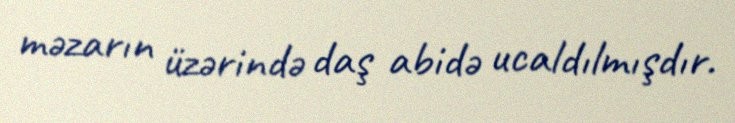
məzarın üzərində daş abidə ucaldılmışdır.